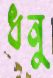
ধনু